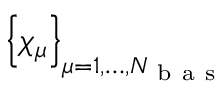
\left\{ \chi _ { \mu } \right\} _ { \mu = 1 , \dots , N _ { \mathrm { ~ b ~ a ~ s ~ } } }